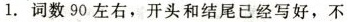
1.词数90左右,开头和结尾已经写好,不